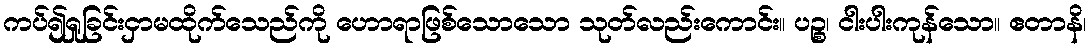
ကပ်၍ရှုခြင်းငှာမထိုက်သေည်ကို ဟောရာဖြစ်သောသော သုတ်လည်းကောင်း။ ပဉ္စ၊ ငါးပါးကုန်သော။ ဧတာနိ၊